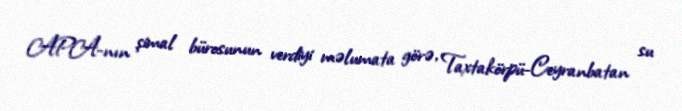
APA-nın şimal bürosunun verdiyi məlumata görə, Taxtakörpü-Ceyranbatan su